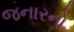
જનારનો